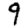
Digit: 9